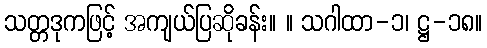
သတ္တဒုကဖြင့် အကျယ်ပြဆိုခန်း။ ။ သဂါထာ-၁၊ ဋ္ဌ-၁၈။